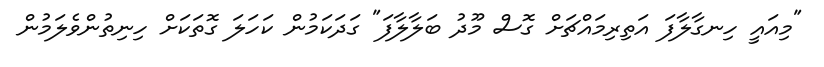
"މިއައީ ހިނގާލާފަ އަތިރިމައްޗަށް ގޮސް މޫދު ބަލާލާފަ" ގަދަކަމުން ކަހަލަ ގޮތަކަށް ހިނިތުންވެލަމުން